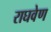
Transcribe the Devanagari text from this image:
राघवेण